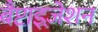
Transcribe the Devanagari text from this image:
बैप्टाइज़ेशन